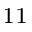
^ { 1 1 }